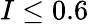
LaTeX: I\leq 0.6